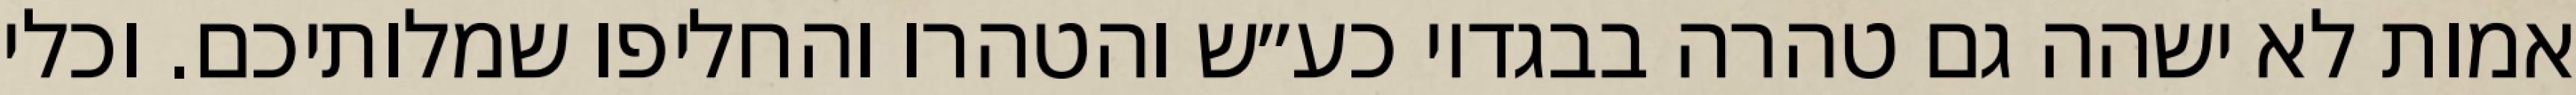
אמות לא ישהה גם טהרה בבגדיו כע״ש והטהרו והחליפו שמלותיכם. וכלי